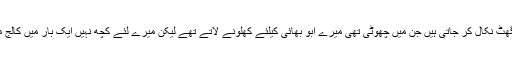
میراتعلق بھارت کے اس پسماندہ علاقے سے ہے جہاں عورتیں اپنے مردوں کے سامنے گھونگھٹ نکال کر جاتی ہیں جن میں چھوٹی تھی میرے ابو بھائی کیلئے کھلونے لاتے تھے لیکن میرے لئے کچھ نہیں ایک بار میں کالج میں چھوٹی سکرٹ پہن کر چلی گئی تو میری ماں نے مجھے یہ کہہ کربلانا شروع کر دیا تھا ۔